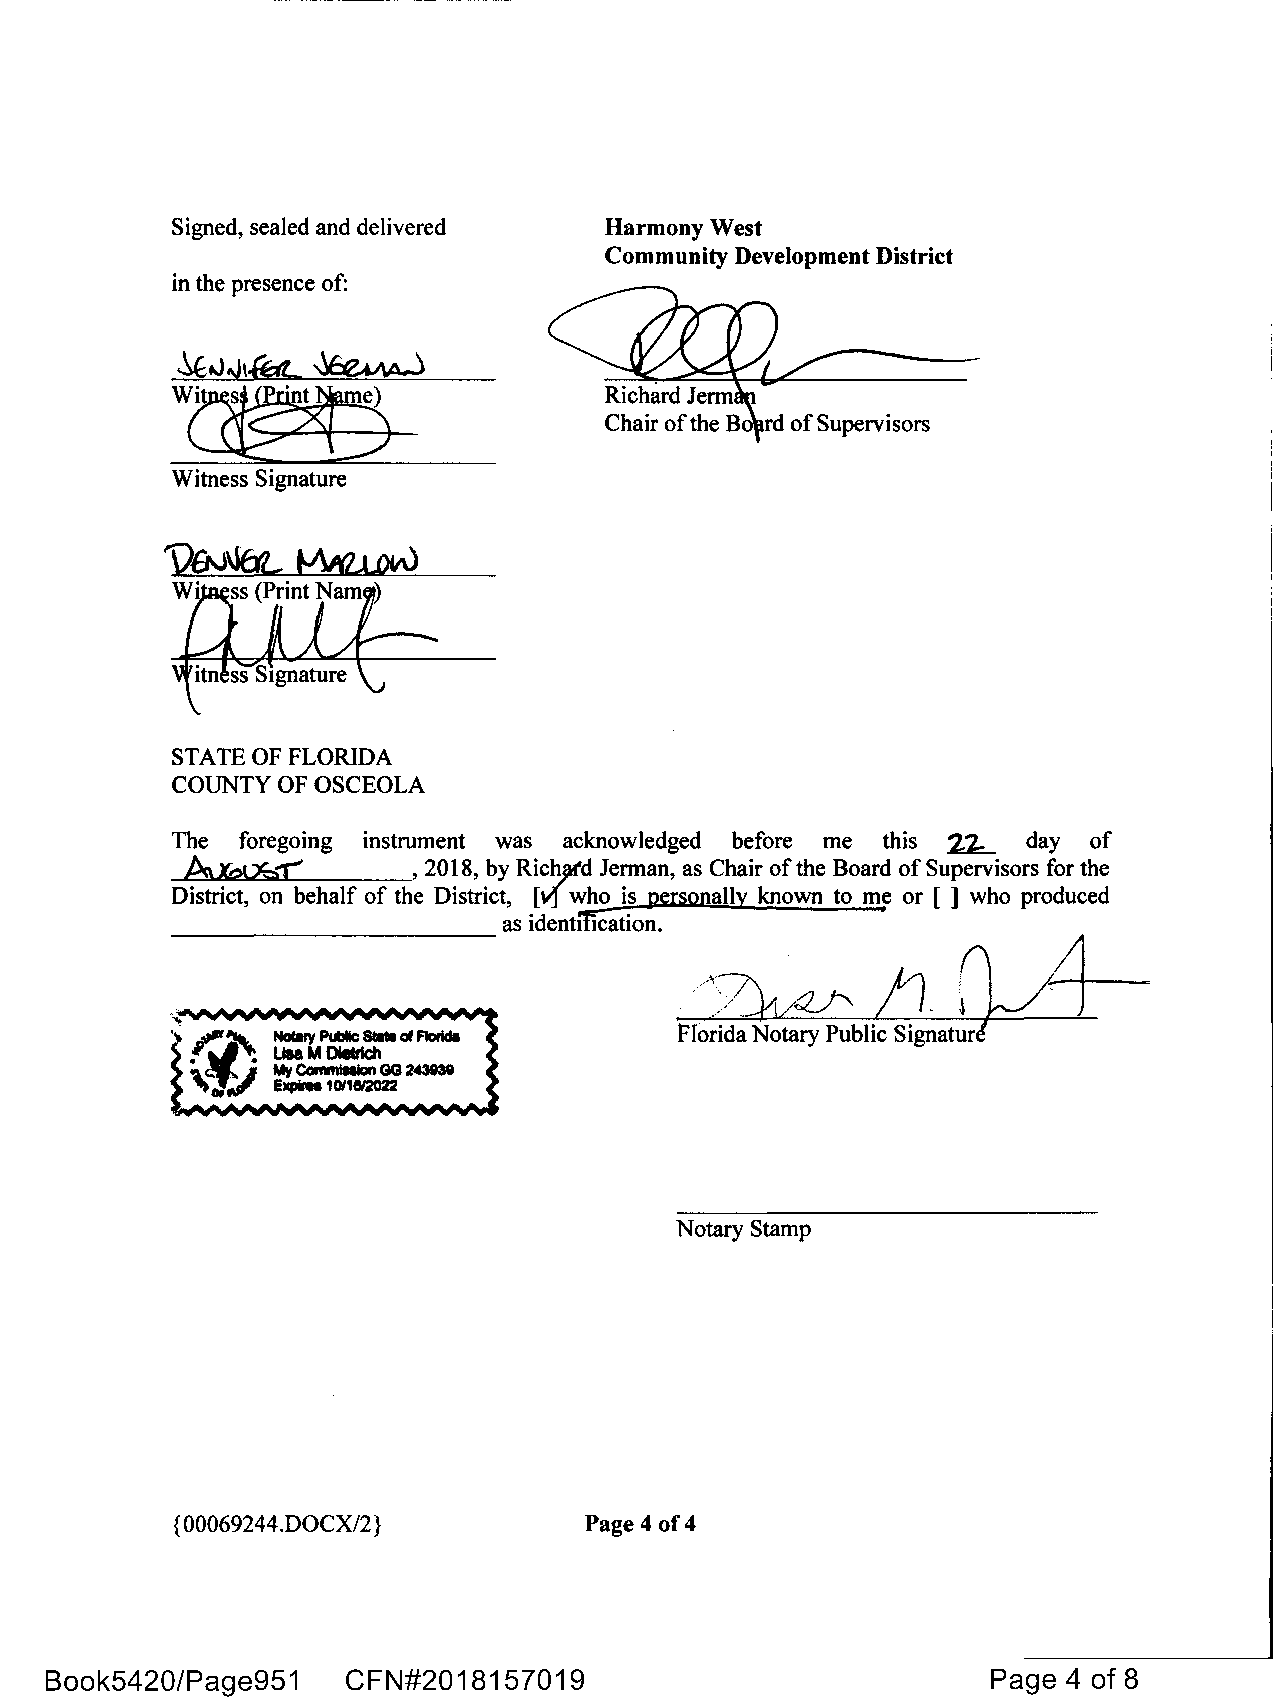
Signed, sealed and delivered Harmony West
 Community Development District
 in the presence of:
 Witness Signature
 STATE OF FLORIDA
 COUNTY OF OSCEOLA
 The  foregoing instrument was acknowledged before me this 21:_ day of
 ~'L            ,
 2018, by RichJtd Jerman, as Chair of the Board of Supervisors for the
 District, on behalf of the District, [\l'.l who is personally known to me or [ ] who produced
 as identiii"cation.      '    0
 11
 -           -                      /21/41:'    )1
 Florida Notary Public Signat~~
 Notary Stamp
 {0 0069244.DOCX/2}         Page 4 of 4
 Book5420/Page951    CFN#2018157019                             Page 4 of 8